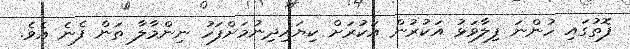
ފޮތުގައި ހުންނަ ފިލާވަޅު އަކުރުން އަކުރަށް ކިޔައިދިނުމަށްފަހު ނިންމާލާ ތަން ފެނެ އެވެ.